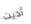
أديت